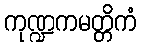
ကုဏ္ဍကမတ္တိကံ